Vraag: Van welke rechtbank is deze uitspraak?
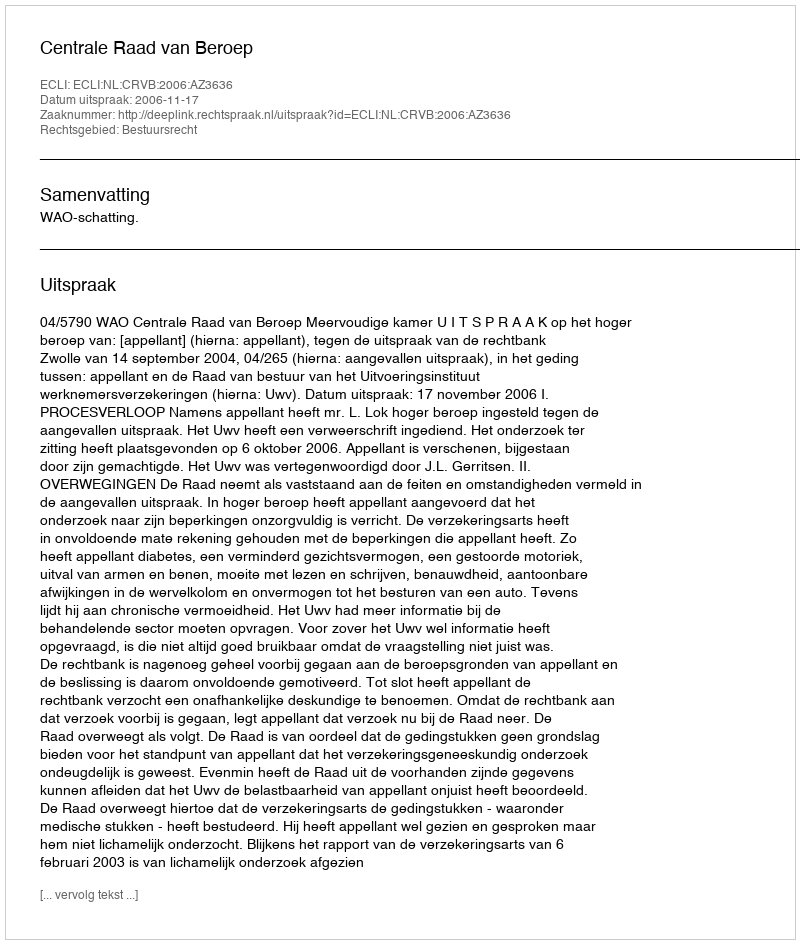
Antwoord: Centrale Raad van Beroep